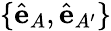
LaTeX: \{ \hat{\mathbf{e}}_{A},\hat{\mathbf{e}}_{A^{\prime}}\}